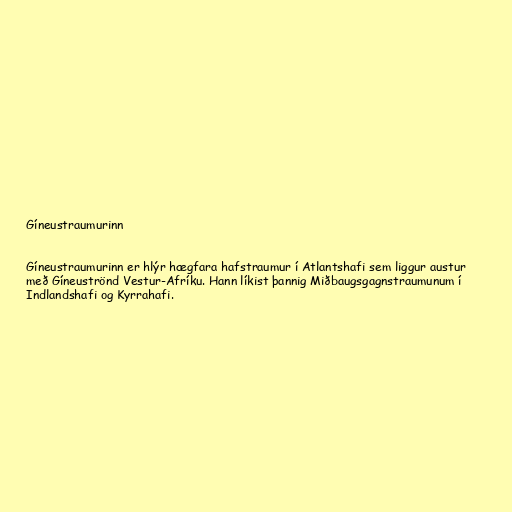
Gíneustraumurinn

Gíneustraumurinn er hlýr hægfara hafstraumur í Atlantshafi sem liggur austur
með Gíneuströnd Vestur-Afríku. Hann líkist þannig Miðbaugsgagnstraumunum í
Indlandshafi og Kyrrahafi.